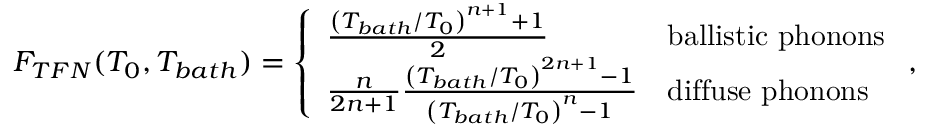
F _ { T F N } ( T _ { 0 } , T _ { b a t h } ) = \left\{ \begin{array} { l l } { \frac { \left( T _ { b a t h } / T _ { 0 } \right) ^ { n + 1 } + 1 } { 2 } } & { \mathrm { b a l l i s t i c \ p h o n o n s } } \\ { \frac { n } { 2 n + 1 } \frac { \left( T _ { b a t h } / T _ { 0 } \right) ^ { 2 n + 1 } - 1 } { \left( T _ { b a t h } / T _ { 0 } \right) ^ { n } - 1 } } & { \mathrm { d i f f u s e \ p h o n o n s } } \end{array} \right. ,